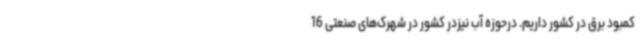
کمبود برق در کشور داریم. درحوزه آب نیزدر کشور در شهرک‌های صنعتی 16